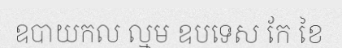
ឧបាយកល ល្មម ឧបទេស កែ ខៃ